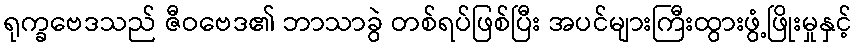
ရုက္ခဗေဒသည် ဇီဝဗေဒ၏ ဘာသာခွဲ တစ်ရပ်ဖြစ်ပြီး အပင်များကြီးထွားဖွံ့ဖြိုးမှုနှင့်